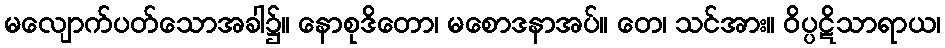
မလျောက်ပတ်သောအခါ၌။ နောစုဒိတော၊ မစောဒနာအပ်။ တေ၊ သင်အား။ ဝိပ္ပဋိသာရာယ၊